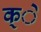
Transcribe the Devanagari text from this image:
क्े